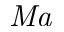
\mathit { M a }